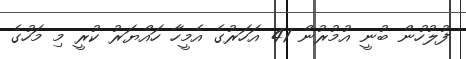
ފުލުހުން ބުނީ އުމުރުން 41 އަހަރުގެ އެމީހާ ހައްޔަރު ކުރީ މި މަހުގެ